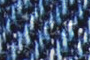
ذكرياته